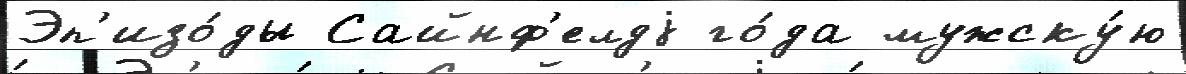
Эп'изо́ды Сайнф'елдj го́да мужску́ю